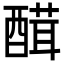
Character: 䤊